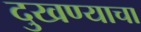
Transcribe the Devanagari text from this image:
दुखण्याचा